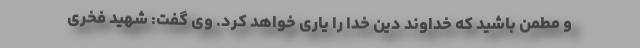
و مطمن باشید که خداوند دین خدا را یاری خواهد کرد. وی گفت: شهید فخری